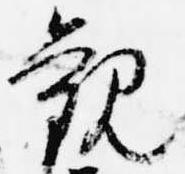
観